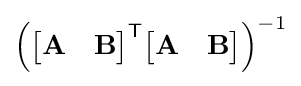
\mathbf {\left({\begin{bmatrix}\mathbf {A} &\mathbf {B} \end{bmatrix}}^{\textsf {T}}{\begin{bmatrix}\mathbf {A} &\mathbf {B} \end{bmatrix}}\right)} ^{-1}